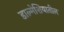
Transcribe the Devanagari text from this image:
डाल्मेशियातील